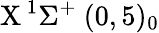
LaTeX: \textrm{X}\, ^{1}\Sigma^{+}~(0,5)_{0}